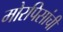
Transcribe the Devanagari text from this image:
मोरपिसांची